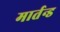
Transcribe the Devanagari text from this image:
मार्तन्ड